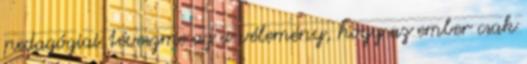
pedagógiai téveszme az a vélemény, hogy az ember csak